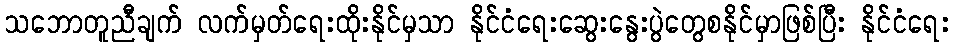
သဘောတူညီချက် လက်မှတ်ရေးထိုးနိုင်မှသာ နိုင်ငံရေးဆွေးနွေးပွဲတွေစနိုင်မှာဖြစ်ပြီး နိုင်ငံရေး